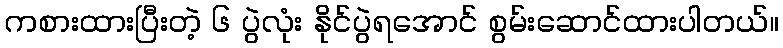
ကစားထားပြီးတဲ့ ၆ ပွဲလုံး နိုင်ပွဲရအောင် စွမ်းဆောင်ထားပါတယ်။